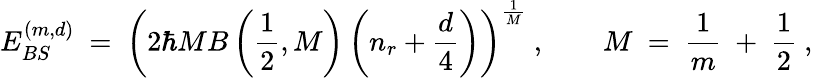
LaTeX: E_{BS}^{(m,d)}\ =\ \left(2\hbar MB\left(\frac{1}{2},M\right)\left(n_{r}+\frac{d}{4}\right)\right)^{\frac{1}{M}}\ ,\qquad M\ =\ \frac{1}{m}\ +\ \frac{1}{2}\ ,